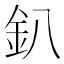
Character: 釟